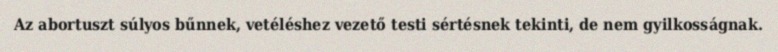
Az abortuszt súlyos bűnnek, vetéléshez vezető testi sértésnek tekinti, de nem gyilkosságnak.